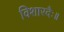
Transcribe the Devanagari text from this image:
विशारदैः॥